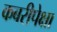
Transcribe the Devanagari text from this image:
कबरीपेक्षा